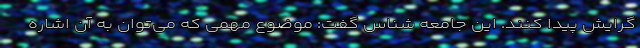
گرایش پیدا کنند. این جامعه شناس گفت: موضوع مهمی که می‌توان به آن اشاره